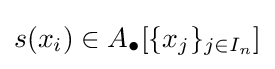
s(x_{i})\in A_{\bullet }[\{x_{j}\}_{j\in I_{n}}]